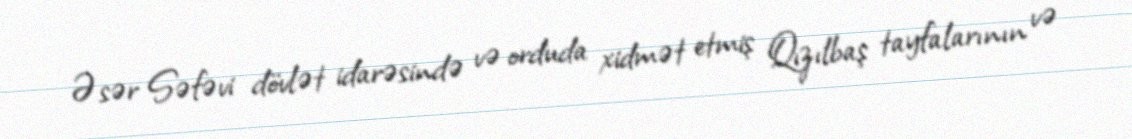
Əsər Səfəvi dövlət idarəsində və orduda xidmət etmiş Qızılbaş tayfalarının və